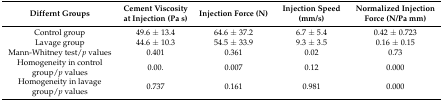
<table><thead><tr><td><b>Differnt Groups</b></td><td><b>Cement Viscosity at Injection (Pa s)</b></td><td><b>Injection Force (N)</b></td><td><b>Injection Speed (mm/s)</b></td><td><b>Normalized Injection Force (N/Pa mm)</b></td></tr></thead><tbody><tr><td>Control group</td><td>49.6 ± 13.4</td><td>64.6 ± 37.2</td><td>6.7 ± 5.4</td><td>0.42 ± 0.723</td></tr><tr><td>Lavage group</td><td>44.6 ± 10.3</td><td>54.5 ± 33.9</td><td>9.3 ± 3.5</td><td>0.16 ± 0.15</td></tr><tr><td>Mann-Whitney test/<i>p</i> values</td><td>0.401</td><td>0.361</td><td>0.02</td><td>0.73</td></tr><tr><td>Homogeneity in control group/<i>p</i> values</td><td>0.00.</td><td>0.007</td><td>0.12</td><td>0.000</td></tr><tr><td>Homogeneity in lavage group/<i>p</i> values</td><td>0.737</td><td>0.161</td><td>0.981</td><td>0.000</td></tr></tbody></table>